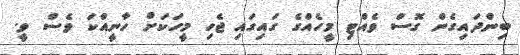
ބިންދައިގެން ގޮސް ވެއްޓި މީހެއްގެ ގައިގައި ޖެހި މީހަކަށް ހާނީއްކަ ވެސް ވީ.